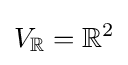
V_{\mathbb {R} }=\mathbb {R} ^{2}